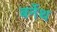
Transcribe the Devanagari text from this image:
बर्नेथ